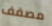
مصفف